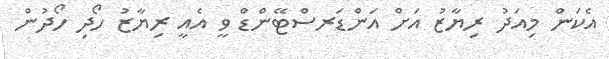
އެކަން މިއަދު ރިޔާޒު އަށް އަންޑަރސްޓޭންޑް ވީ އެއީ ރިޔާޒު ހޯދި ހޯދުން